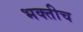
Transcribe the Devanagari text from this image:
भक्तीच